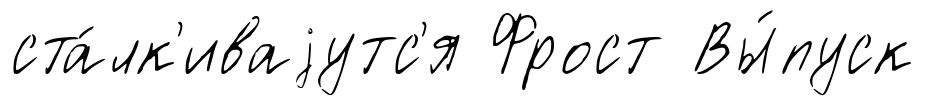
ста́лк'иваjутс'я Фрост Вы́пуск